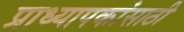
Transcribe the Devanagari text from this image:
प्राध्यापकांसाठी